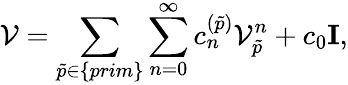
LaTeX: {\cal V}=\sum_{\tilde{p}\in\{ prim\} }\sum_{n=0}^{\infty}c_{n}^{(\tilde{p})}{\cal V}_{\tilde{p}}^{n}+c_{0}{{\mathbf I}},